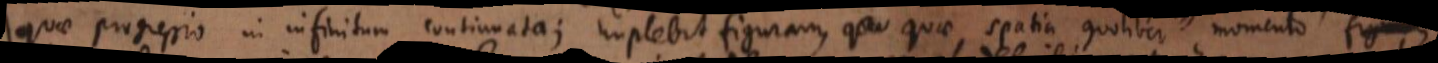
quae progressio in infinitum continuata; implebit figuram, quae spatia quolibet momento figuram